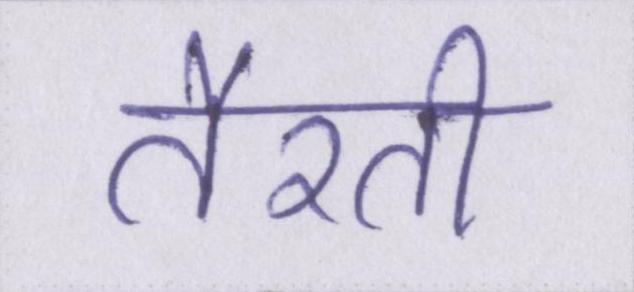
तैरती